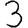
Digit: 3